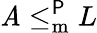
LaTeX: \mathit{A}\leq_{\mathrm{{{m}}}}^{\mathsf{{P}}}L